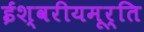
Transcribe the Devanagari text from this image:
ईश्वरीयमूर्ति